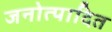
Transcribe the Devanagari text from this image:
जनोत्पादित